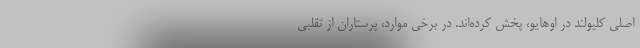
اصلی کلیولند در اوهایو، پخش کرده‌اند. در برخی موارد، پرستاران از تقلبی